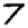
Digit: 7